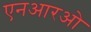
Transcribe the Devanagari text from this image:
एनआरओ